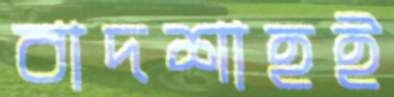
বাদশাহই